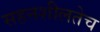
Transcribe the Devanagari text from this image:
सहनशीलतेच